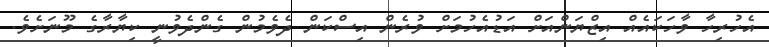
އެހުރިހާ ވާހަކައެއް އިޒްޔަންއަށް އަޑުއެހުމަށް ވުރެން އިސްކަން ދެވެމުން ގެންދެވުނީ ކިޔާރާގެ މޫނަށެވެ.